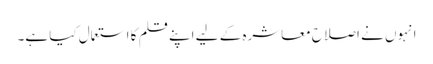
انہوں نے اصلاح معاشرہ کے لیے اپنے قلم کا استعمال کیا ہے۔